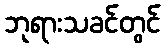
ဘုရားသခင်တွင်